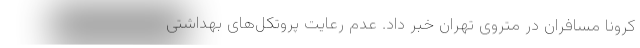
کرونا مسافران در متروی تهران خبر داد. عدم رعایت پروتکل‌های بهداشتی